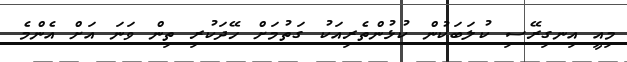
މިއީ އިނގިރޭސި ކުލަބަކުން ކުޅުންތެރިއަކު ގަތުމަށް ހޭދަކުރި ތިން ވަނަ އަށް އެންމެ